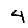
Digit: 4